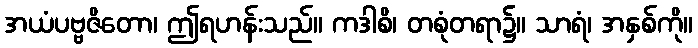
အယံပဗ္ဗဇိတော၊ ဤရဟန်းသည်။ ကဒါစိ၊ တစုံတရာ၌။ သာရံ၊ အနှစ်ကို။